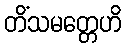
တိံသမတ္တေဟိ